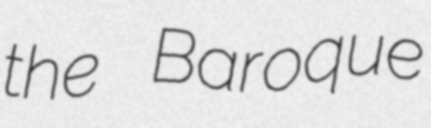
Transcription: the Baroque